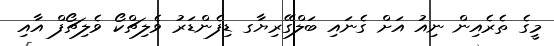
މީގެ ތެރެއިން ނިއު އަށް ގެނައި ބަލްގޭރިޔާގ ޑިފެންޑަރު ވެލިޗްކޯ ވެލިޗޯފް އާއި